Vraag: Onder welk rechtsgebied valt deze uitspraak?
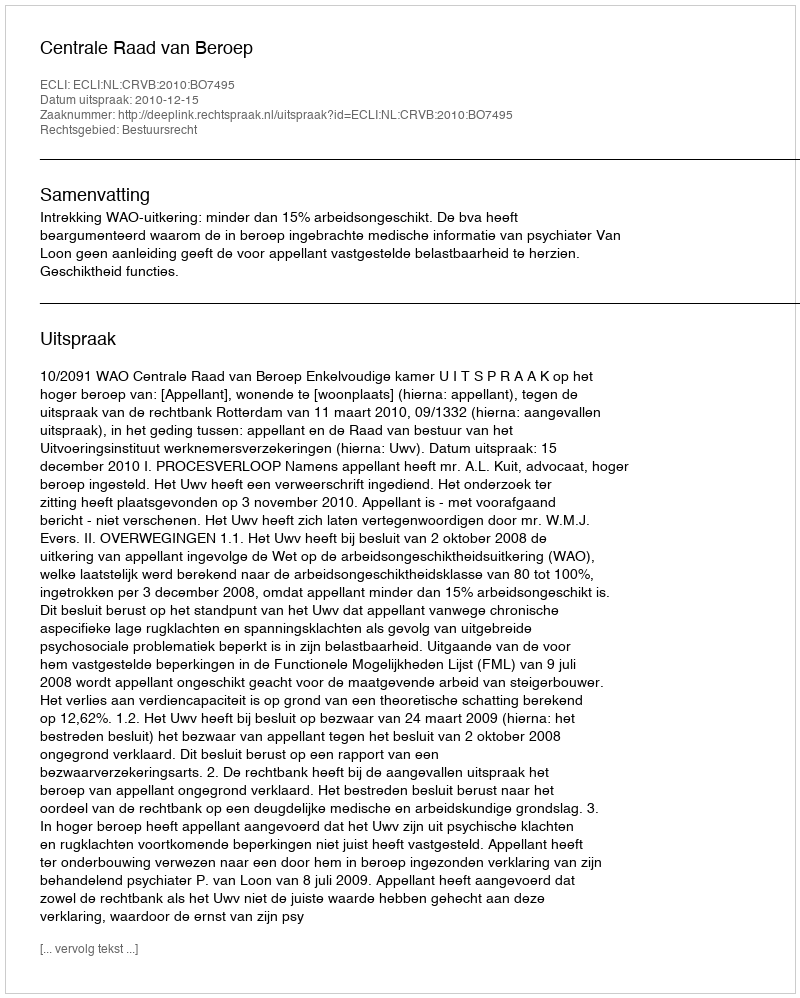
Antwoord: Bestuursrecht